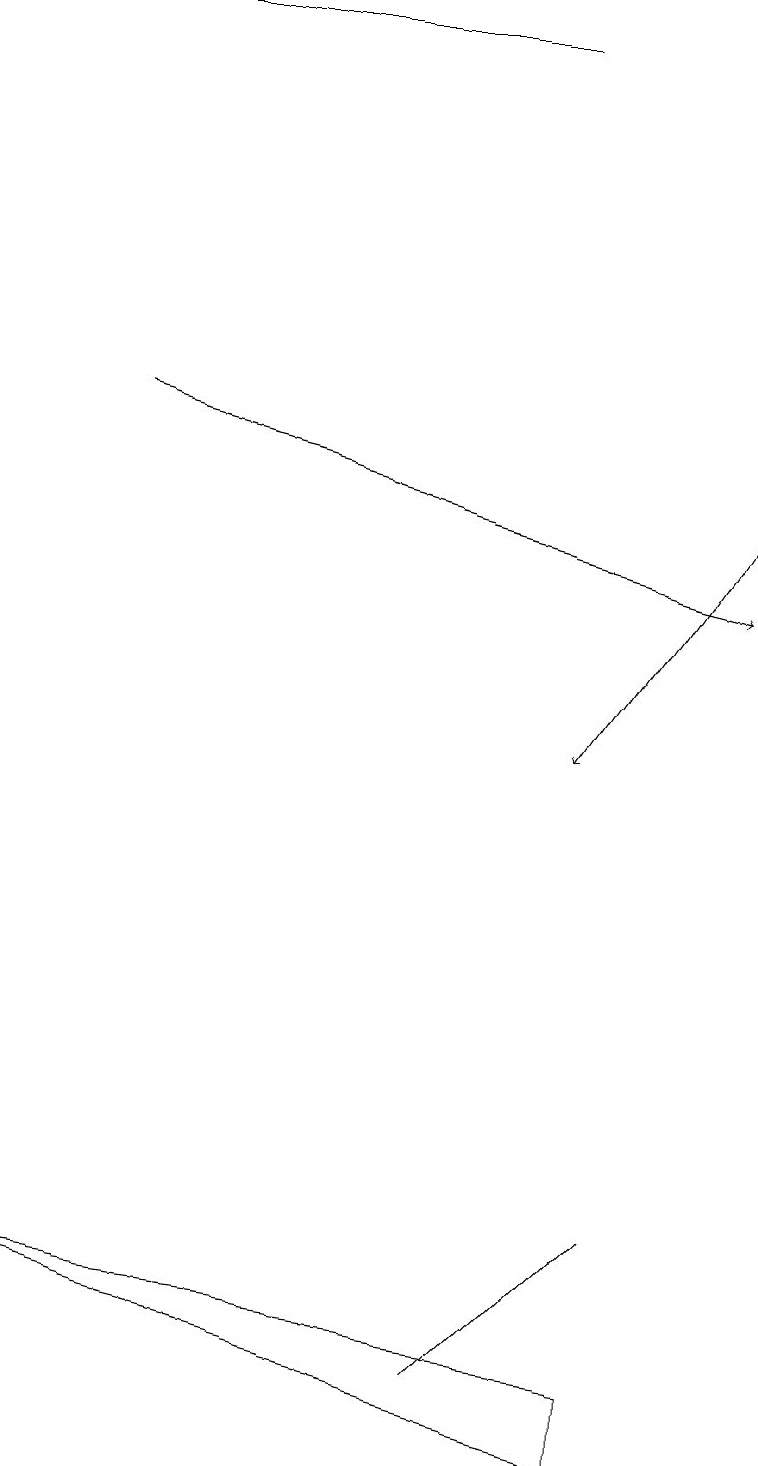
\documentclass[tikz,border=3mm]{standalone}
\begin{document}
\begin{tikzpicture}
\draw (1,19) rectangle (6,19);
\draw (8,2) -- (8,1) -- (0,3) -- cycle;
\draw (6,2) -- (8,4) -- (7,3) -- cycle;
\draw[->] (1,14) -- (9,12);
\draw[->] (9,13) -- (7,10);
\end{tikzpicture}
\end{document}